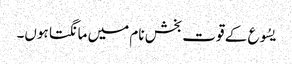
یسُوع کے قوت بخش نام میں مانگتا ہوں۔